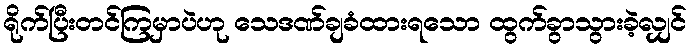
ရိုက်ပြီးတင်ကြမှာပဲဟု သေဒဏ်ချခံထားရသော ထွက်ခွာသွားခဲ့လျှင်